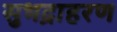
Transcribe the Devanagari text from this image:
सुभद्राहरण